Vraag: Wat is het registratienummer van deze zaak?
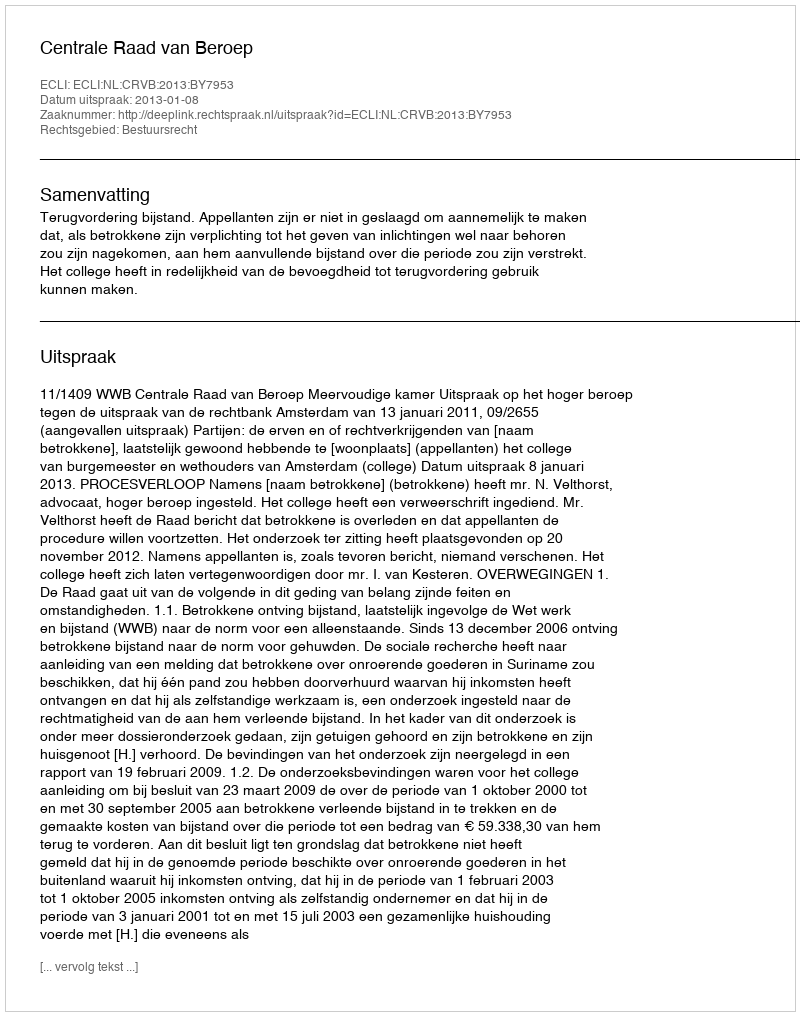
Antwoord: http://deeplink.rechtspraak.nl/uitspraak?id=ECLI:NL:CRVB:2013:BY7953